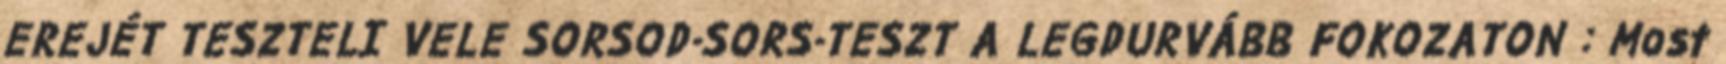
EREJÉT TESZTELI VELE SORSOD-SORS-TESZT A LEGDURVÁBB FOKOZATON : Most